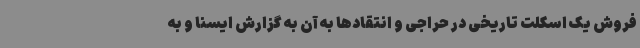
فروش یک اسکلت تاریخی در حراجی و انتقادها به آن به گزارش ایسنا و به